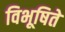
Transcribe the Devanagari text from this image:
विभूषिते